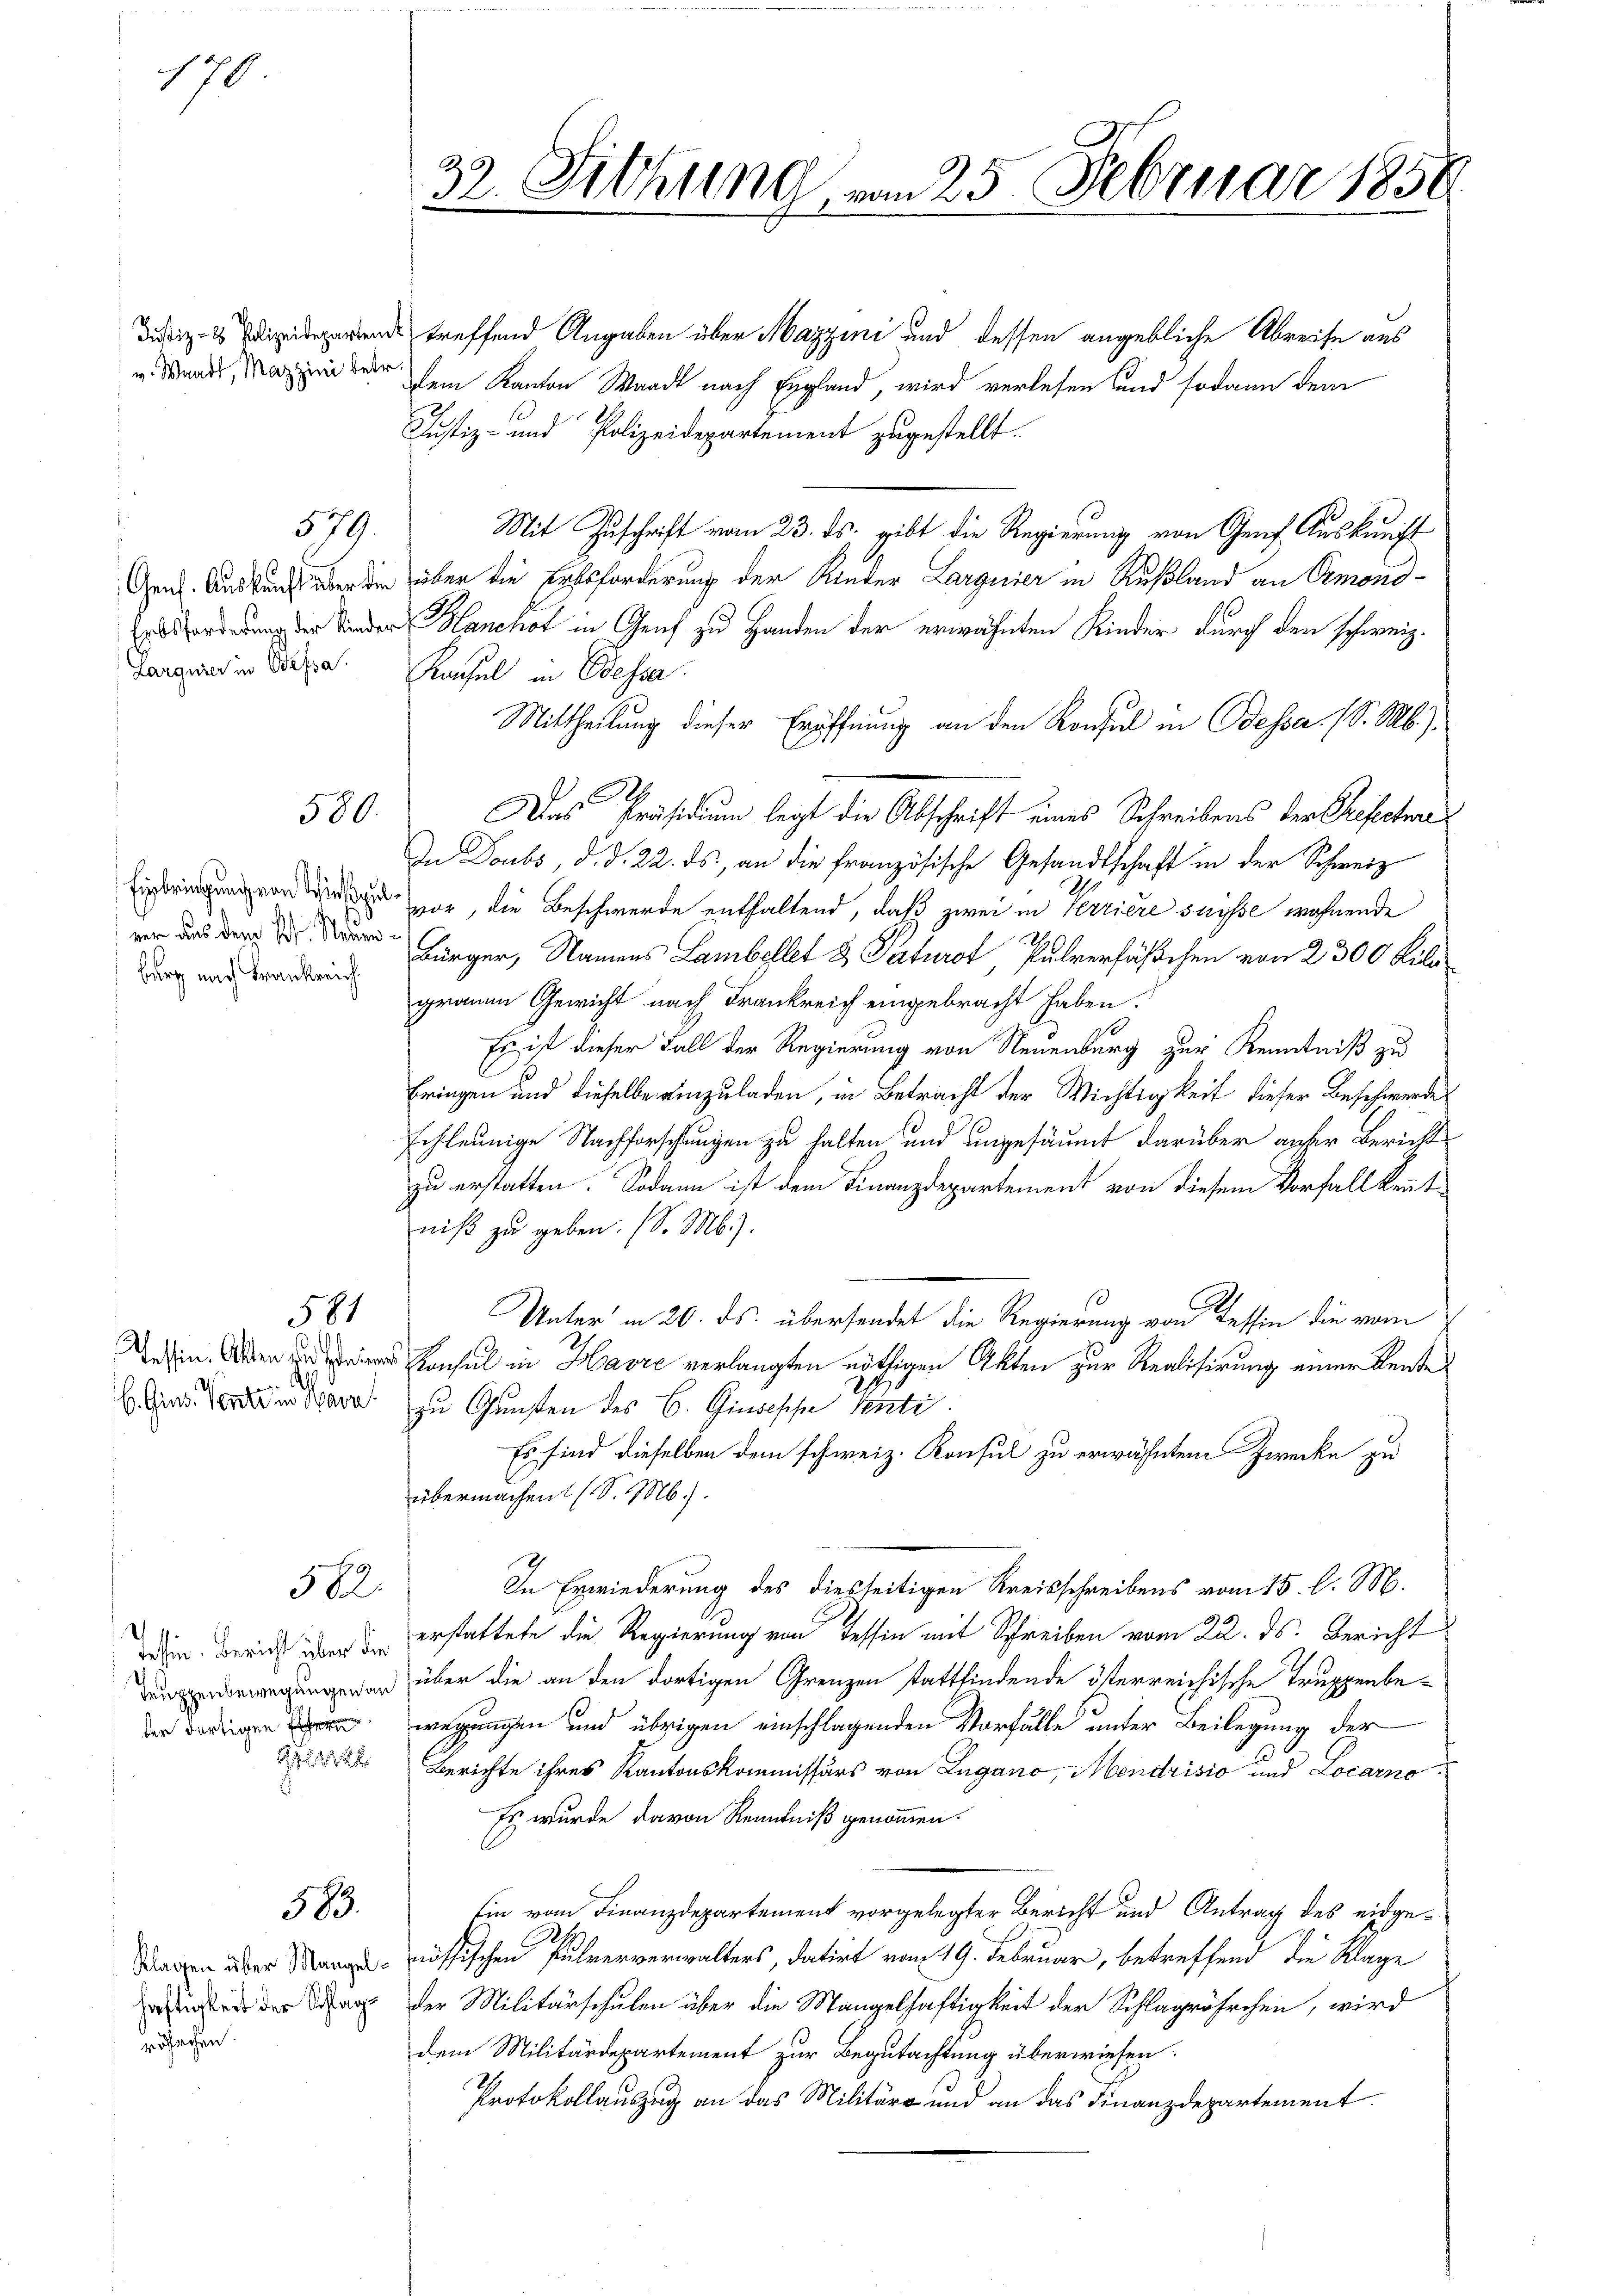
170

v. Waadt, Mazzini betr.

Larguier in Dessa

burg nach Frankreich

579.

580.

581

B

58

ber dortigen Er

583.

röhrchen.

izen treffend Angaben über Mazzini und dessen angebliche Abreise aus
dem Kanton Waadt nach England, wird verlesen und sodann dem
Justiz- und Polizeidepartement zugestellt.
Mit Zuschrift vom 23. ds. gibt die Regierung von Genf Auskunft
Gen. Auskunft aber die über die Ertsforderung der Rieder Larguier in Rußland an Ormond-
Hacht in Genf zu Handen der erwähnten Kinder durch den schweiz.
Kachel in Odessa
Mittheilung dieser Eröffnung an den Konsul in Dessa. (S. Mb.).
Das Präsidium legt die Abschrift eines Schreibens der Gefecture
In Doubs, d. d. 22. ds., an die französische Gesandtschaft in der Schweiz
n , die Beschwerde enthaltend, daß zwei in Terriere suisse wohnende
wo das der Tod der Jürger, Namens Lambellet u. Paturot, Pulverfährchen von 2300 Kilo
grauem Gewicht nach Frankreich eingebracht haben.
Es ist dieser Fall der Regierung von Neuenburg zur Kenntniß zu
bringen und dieselbe einzuladen, in Betracht der Wichtigkeit dieser Beschwerde
schleunige Nachforschungen zu halten und ungesäumt darüber anher Bericht
zu erstatten. Sodann ist dem Finanzdepartement von diesem Vorfallkentniß zu geben. (S. M.).
Unter in 20. ds. übersendet die Regierung von Tessin die vom
inen Konsul in Havre verlangten nöthigen Akten zur Realisirung einer Rente
b. Ein Verwaare zu Gunsten des C. Ginsesche Senti.
Es sind dieselben dem schweiz. Konsul zu erwähnten Zwecke zu
übermachen (S. M.).
In Erwiederung des diesseitigen Kreisschreibens vom 15. l. M.
2.
en Zürich erstattete die Regierung von Tessin mit Schreiben vom 22. ds. Gericht
e über die an den dortigen Grenzen stattfindende österreichische Truppenbewegungen und übrigen einschlagenden Vorfälle unter Beilegung der
 Berichte ihres Kantonskommissärs von Lugano, Mendrisio und Locarno
Es wurde davon Kenntniß genommen.
Ein vom Finanzdepartement vorgelegter Bericht und Antrag des eidgedragen über Stange mössischen Pulververwalters, datirt vom 19. Februar, betreffend die Klage
ite der War der Militärschulen über die Mangelhaftigkeit der Schlagrährchen, wird
dem Militärdepartement zur Begutachtung überwiesen.
Protokollauszug an das Militäre und an das Finanzdepartement

32. Sitzung, vom 25. Februar 1858